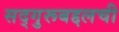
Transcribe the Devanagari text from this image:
सद्‌गुरूबद्दलची